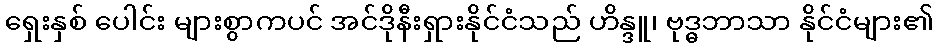
ရှေးနှစ် ပေါင်း များစွာကပင် အင်ဒိုနီးရှားနိုင်ငံသည် ဟိန္ဒူ၊ ဗုဒ္ဓဘာသာ နိုင်ငံများ၏